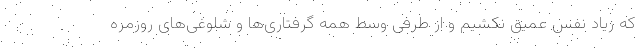
که زیاد نفس عمیق نکشیم و از طرفی وسط همه گرفتاری‌ها و شلوغی‌های روزمره